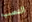
النصب